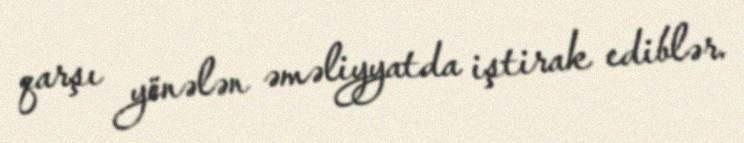
qarşı yönələn əməliyyatda iştirak ediblər.